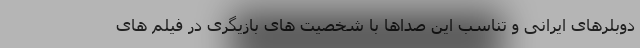
دوبلرهای ایرانی و تناسب این صداها با شخصیت های بازیگری در فیلم های